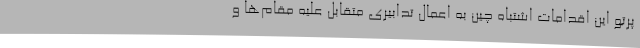
پرتو این اقدامات اشتباه چین به اعمال تدابیری متقابل علیه مقام‌ها و